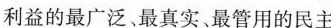
利益的最广泛、最真实、最管用的民主